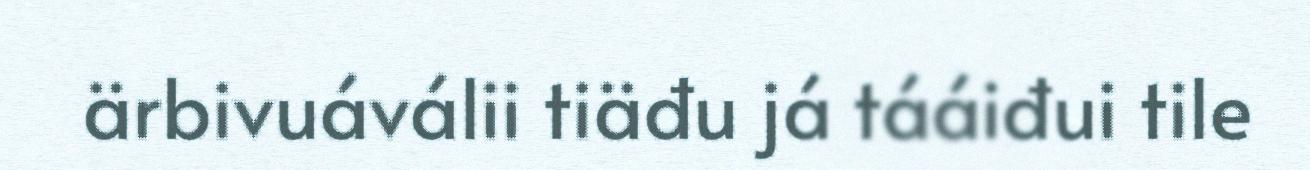
ärbivuáválii tiäđu já tááiđui tile